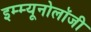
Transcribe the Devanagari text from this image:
इम्म्यूनोलॉजी